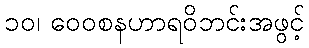
၁၀၊ ဝေဝစနဟာရဝိဘင်းအဖွင့်